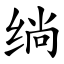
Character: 绱